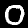
Digit: 0